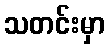
သတင်းမှာ